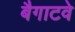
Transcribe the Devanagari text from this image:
बैगाटवे